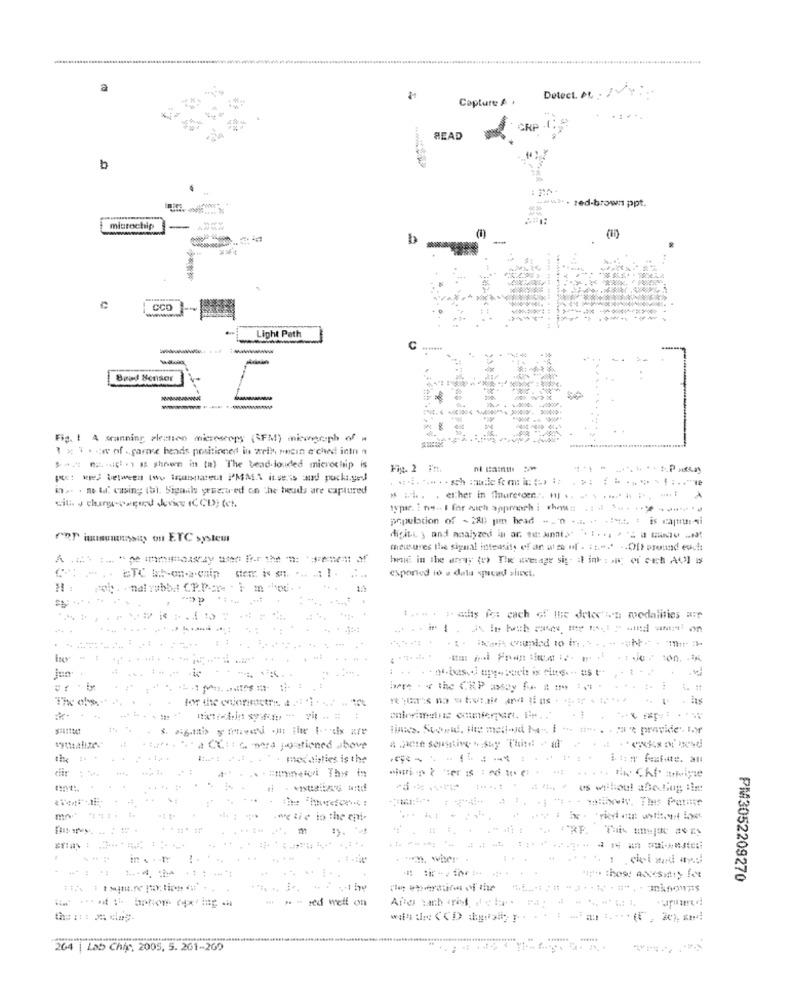
Detect. De . VY
Capture &
READ
www. red-brown ppt.
WW
microchip
b
CCO
Light Path
Brad Sensor
------ ----
Fig. 1 A granning plesten microscopy (\FM) micmorph of =
1 × 3 . - w of .. parme heads positioner in welk pncin a'ched into
$= "id" is shown in ta) The bead-louded microchip is
Fig. 2 7M.
*--**** P-
m .. . no tif casing tol. Signals yrecu ed on the heads are captured
* w .. . etcher in fluretoer .. . .. . . ..... . .. ....
population of - 280 pum head ". " . .. . ... : is captitt :- ni
rer iaumunnasus ou ETC system
digit.L ; and analyzed in ar. : amt. ...., - - -- -
measures the signal intensity of an ut to uf . : 1 ... .. Ofteround euch
hond in the array (o) The wwwrage sig. il ink : si of sich AV] is
esponied io e data spread sheet.
nal rubbel CP.P .: re
...... .
withallzes
4 CCits -mra joationed shove
..
mix disties is the
atthe o us whout abouting Him
....
the hugeforint :
.og tie in the eni-
.. . .. . ..
.w. wher.
PM3052209270
red well on
264 | Lab Chip, 2005, 5. 201-269